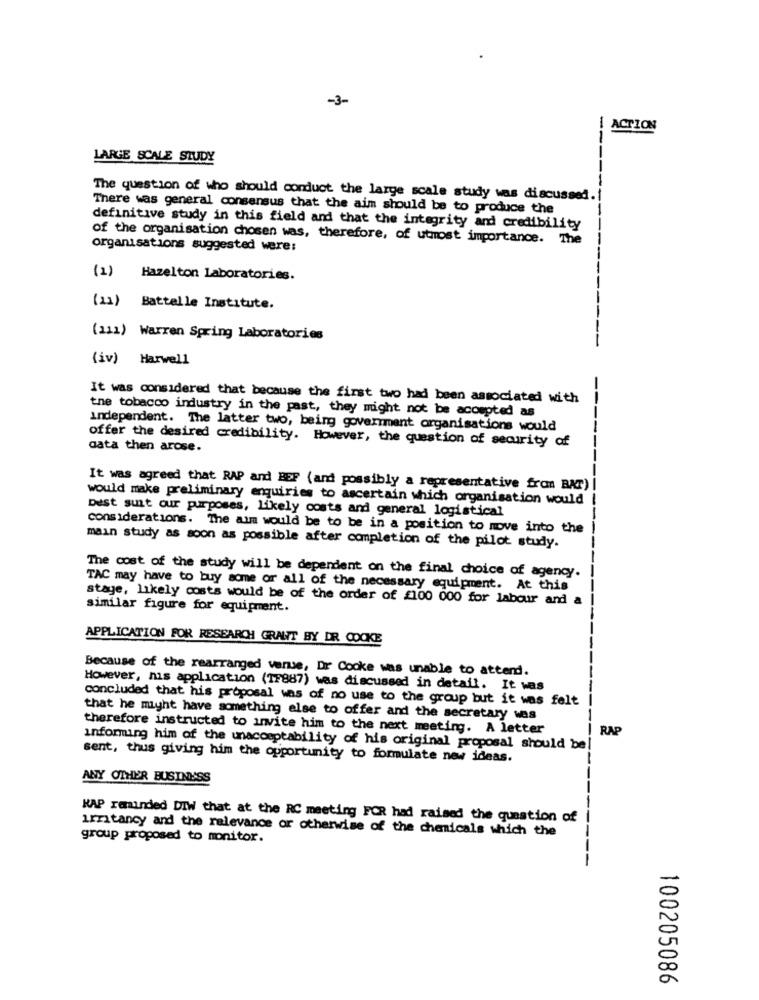
-3-
ACTION
--
LARGE SCALE STUDY
The question of who should conduct the large scale study was discussed.
There was general consensus that the aim should be to produce the
definitive study in this field and that the integrity and credibility
of the organisation chosen was, therefore, of utmost importance. The
organisations suggested were:
(2)
Hazelton Laboratories.
(11) Battelle Institute.
(111) Warren Spring Laboratories
(iv) Harwell
It was considered that because the first two had been associated with
the tobacco industry in the past, they might not be accepted as
Independent. The latter two, being government organisations would
offer the desired credibility. However, the question of security of
data then arose.
---
-
It was agreed that RAP and BEF (and possibly a representative fron BAT) |
would make preliminary enquiries to ascertain which organisation would
Dest suit our purposes, likely costs and general logistical
considerations. The aim would be to be in a position to move into the
main study as soon as possible after completion of the pilot study.
------
The cost of the study will be dependent on the final choice of agency.
TAC may have to buy some or all of the necessary equipment. At this
stage, likely costs would be of the order of £100 000 for labour and a
similar figure for equipment.
APPLICATION FOR RESEARCH GRANT BY DR COOKE
Because of the rearranged venue, Dr Cooke was unable to attend.
However, his application (1F887) was discussed in detail. It was
concluded that his proposal was of no use to the group but it was felt
that he might have something else to offer and the secretary was
therefore instructed to invite him to the next meeting. A letter
RAP
informing him of the unacceptability of his original proposal should be!
sent, thus giving him the opportunity to formulate new ideas.
ANY OTHER BUSINESS
KAP reminded DIW that at the RC meeting FOR had raised the question of
irritancy and the relevance or otherwise of the chemicals which the
group proposed to monitor.
----
100205086